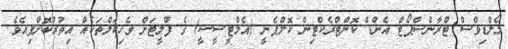
މޯލްޑިވްސް ޓްރާންސްޕޯޓް އެންޑް ކޮންޓްރެކްޓިން ކޮމްޕެނީ (އެމްޓީސީސީ) ގެ ފްލީޓަށް ވެހިކަލްތަކެއް އިތުރުކޮށްފިއެވެ.